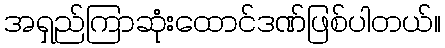
အရှည်ကြာဆုံးထောင်ဒဏ်ဖြစ်ပါတယ်။